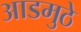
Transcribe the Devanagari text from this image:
आडमुठे